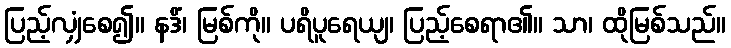
ပြည့်လျှံစေ၍။ နဒိံ၊ မြစ်ကို။ ပရိပူရေယျ၊ ပြည့်စေရာ၏။ သာ၊ ထိုမြစ်သည်။